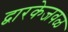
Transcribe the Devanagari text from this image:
द्वारकेजवळ